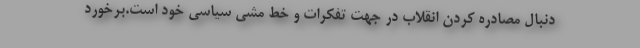
دنبال مصادره کردن انقلاب در جهت تفکرات و خط مشی سیاسی خود است.برخورد